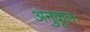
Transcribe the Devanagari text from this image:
अनुकूलः